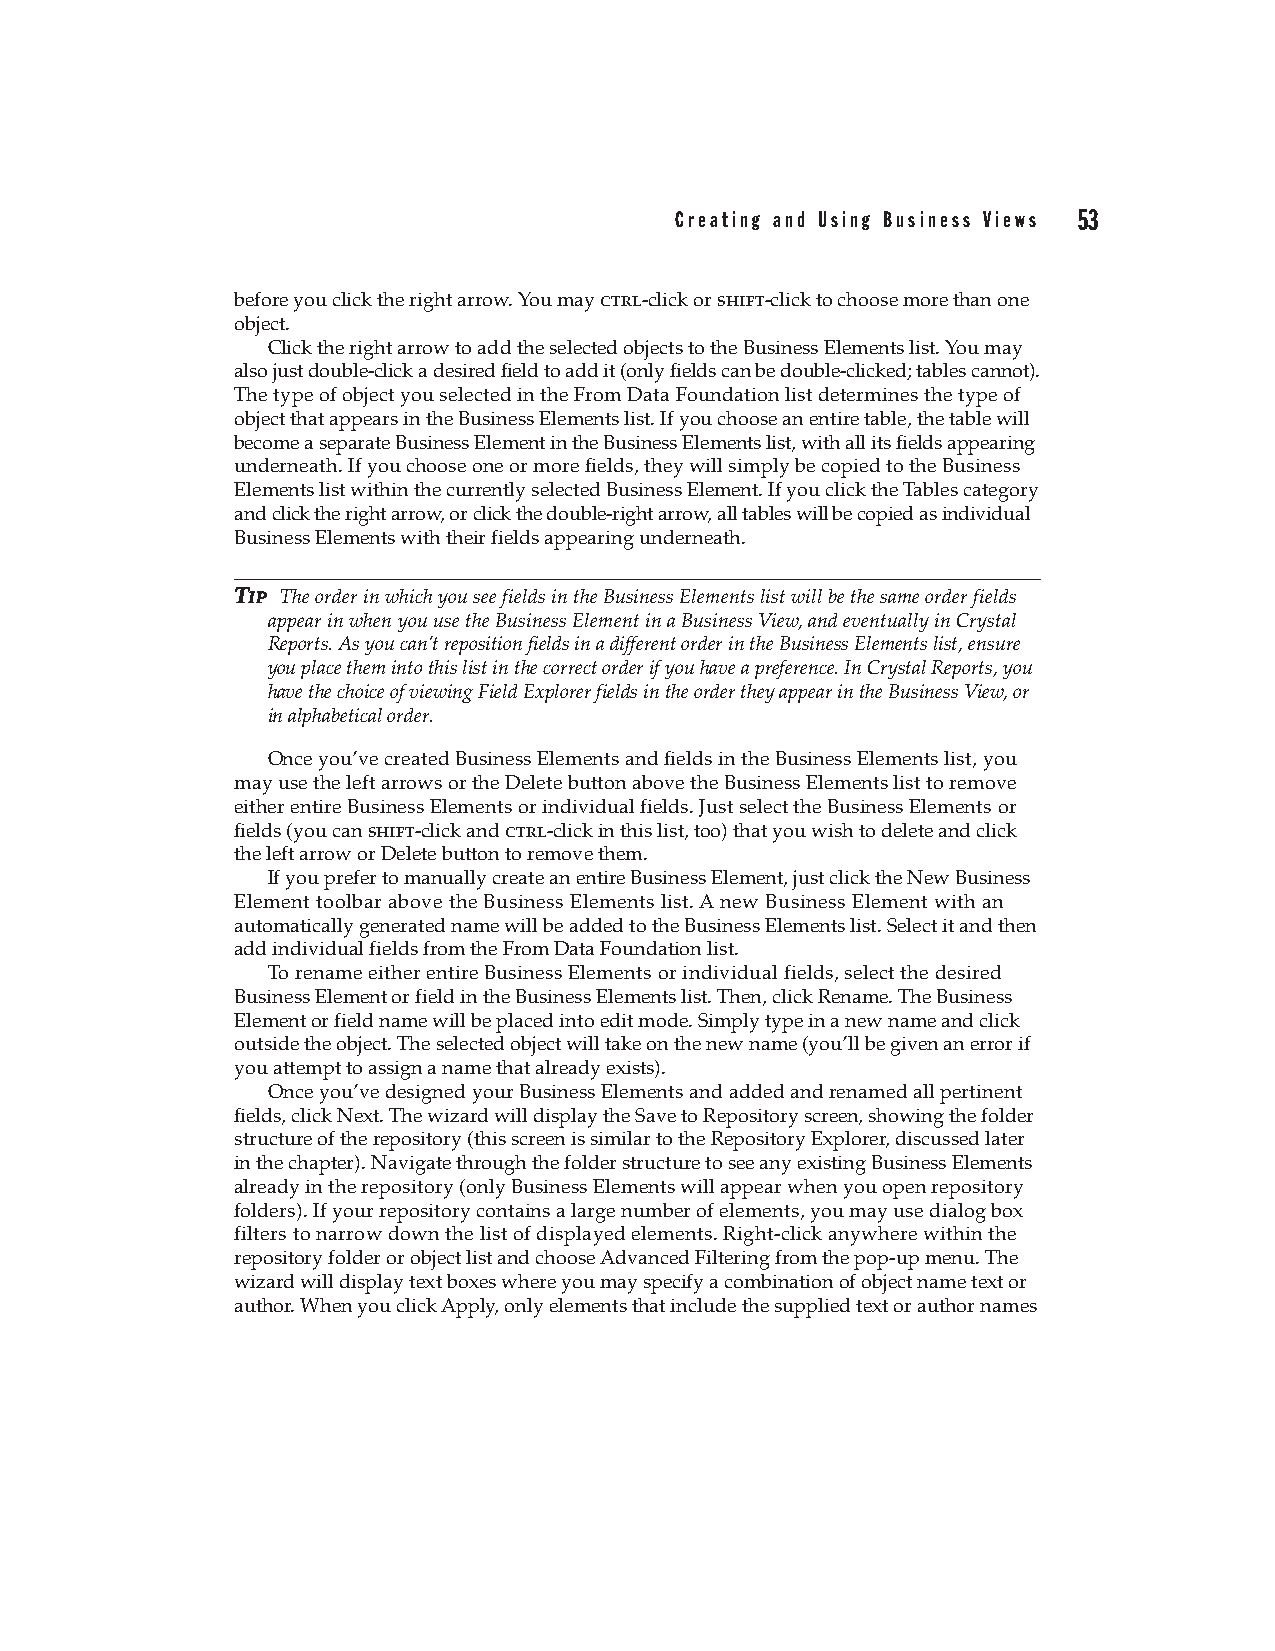
Creating and Using Business Views 53
 before you click the right arrow. You may ctrl-click or shift-click to choose more than one
 object.
 Click the right arrow to add the selected objects to the Business Elements list. You may
 also just double-click a desired field to add it (only fields can be double-clicked; tables cannot).
 The type of object you selected in the From Data Foundation list determines the type of
 object that appears in the Business Elements list. If you choose an entire table, the table will
 become a separate Business Element in the Business Elements list, with all its fields appearing
 underneath. If you choose one or more fields, they will simply be copied to the Business
 Elements list within the currently selected Business Element. If you click the Tables category
 and click the right arrow, or click the double-right arrow, all tables will be copied as individual
 Business Elements with their fields appearing underneath.
 TTIIPP The order in which you see fields in the Business Elements list will be the same order fields
 appear in when you use the Business Element in a Business View, and eventually in Crystal
 Reports. As you can’t reposition fields in a different order in the Business Elements list, ensure
 you place them into this list in the correct order if you have a preference. In Crystal Reports, you
 have the choice of viewing Field Explorer fields in the order they appear in the Business View, or
 in alphabetical order.
 Once you’ve created Business Elements and fields in the Business Elements list, you
 may use the left arrows or the Delete button above the Business Elements list to remove
 either entire Business Elements or individual fields. Just select the Business Elements or
 fields (you can shift-click and ctrl-click in this list, too) that you wish to delete and click
 the left arrow or Delete button to remove them.
 If you prefer to manually create an entire Business Element, just click the New Business
 Element toolbar above the Business Elements list. A new Business Element with an
 automatically generated name will be added to the Business Elements list. Select it and then
 add individual fields from the From Data Foundation list.
 To rename either entire Business Elements or individual fields, select the desired
 Business Element or field in the Business Elements list. Then, click Rename. The Business
 Element or field name will be placed into edit mode. Simply type in a new name and click
 outside the object. The selected object will take on the new name (you’ll be given an error if
 you attempt to assign a name that already exists).
 Once you’ve designed your Business Elements and added and renamed all pertinent
 fields, click Next. The wizard will display the Save to Repository screen, showing the folder
 structure of the repository (this screen is similar to the Repository Explorer, discussed later
 in the chapter). Navigate through the folder structure to see any existing Business Elements
 already in the repository (only Business Elements will appear when you open repository
 folders). If your repository contains a large number of elements, you may use dialog box
 filters to narrow down the list of displayed elements. Right-click anywhere within the
 repository folder or object list and choose Advanced Filtering from the pop-up menu. The
 wizard will display text boxes where you may specify a combination of object name text or
 author. When you click Apply, only elements that include the supplied text or author names